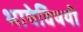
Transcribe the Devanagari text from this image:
भाषेविषयी